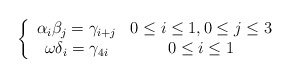
\begin{align*} \left\{ \begin{array}{cc} \alpha_i \beta_j = \gamma_{i+j} & 0 \leq i \leq 1, 0 \leq j \leq 3 \\\omega \delta_i = \gamma_{4i} & 0 \leq i \leq 1 \end{array} \right. \end{align*}